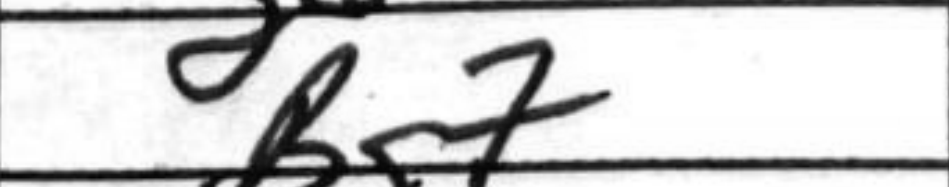
Transcription: Bg7